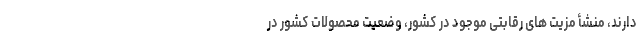
دارند، منشأ مزیت­ های رقابتی موجود در کشور، وضعیت محصولات کشور در